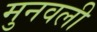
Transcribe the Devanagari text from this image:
मुनवली